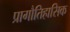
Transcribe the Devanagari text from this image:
प्रागौतिहासिक